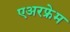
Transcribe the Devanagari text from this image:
एअरफ्रेम